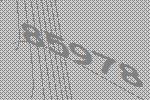
85978